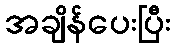
အချိန်ပေးပြီး